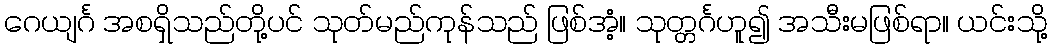
ဂေယျင်္ဂ အစရှိသည်တို့ပင် သုတ်မည်ကုန်သည် ဖြစ်အံ့။ သုတ္တင်္ဂဟူ၍ အသီးမဖြစ်ရာ။ ယင်းသို့